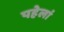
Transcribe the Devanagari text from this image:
पहेलां